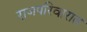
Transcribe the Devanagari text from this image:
राजपरिवारात